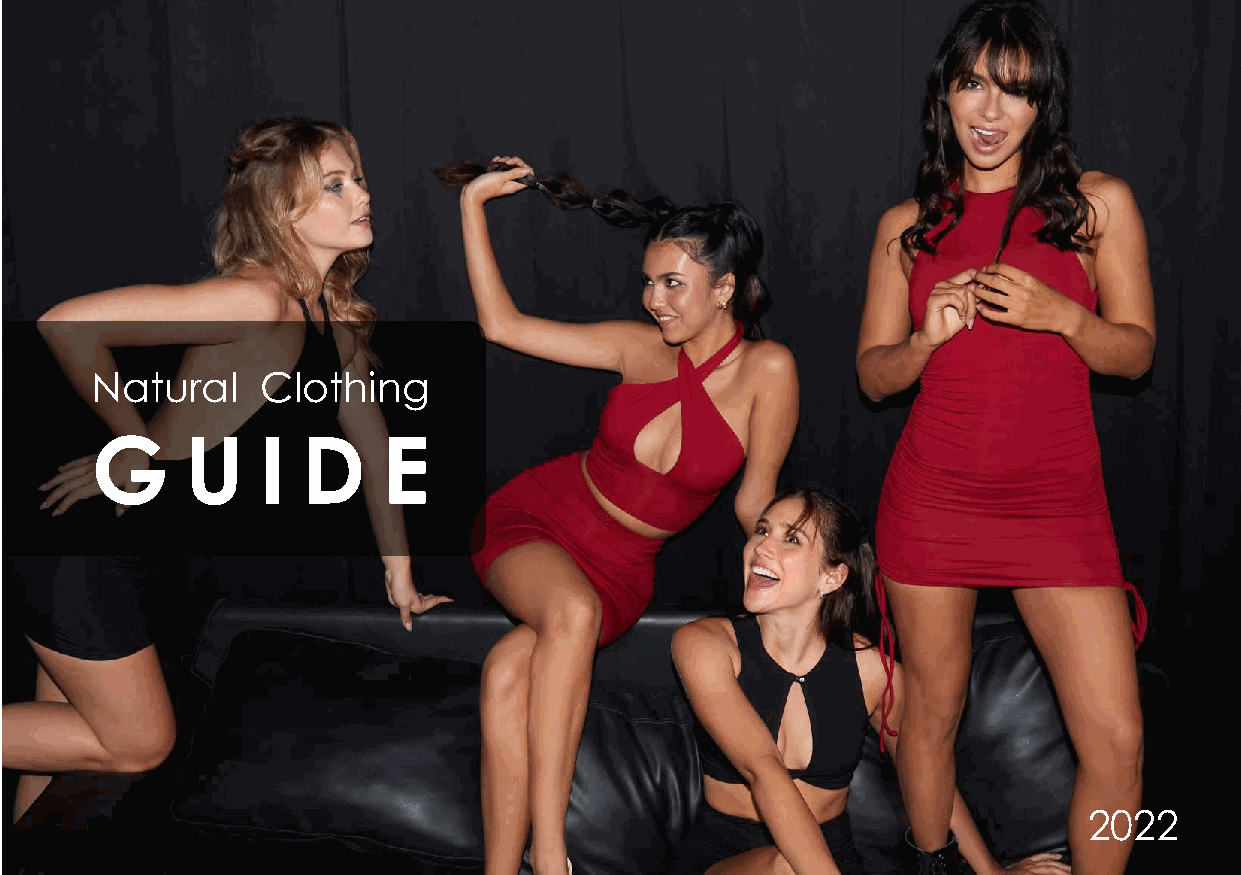
Natural    Clothing
 G     U    I  D    E
 2022